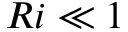
R i \ll 1